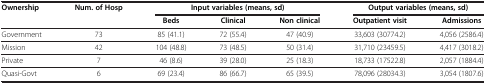
<table><thead><tr><td><b>Ownership</b></td><td><b>Num. of Hosp</b></td><td colspan="3"><b>Input variables (means, sd)</b></td><td colspan="2"><b>Output variables (means, sd)</b></td></tr><tr><td><b> </b></td><td><b> </b></td><td><b>Beds</b></td><td><b>Clinical</b></td><td><b>Non clinical</b></td><td><b>Outpatient visit</b></td><td><b>Admissions</b></td></tr></thead><tbody><tr><td>Government</td><td>73</td><td>85 (41.1)</td><td>72 (55.4)</td><td>47 (40.9)</td><td>33,603 (30774.2)</td><td>4,056 (2586.4)</td></tr><tr><td>Mission</td><td>42</td><td>104 (48.8)</td><td>73 (48.5)</td><td>50 (31.4)</td><td>31,710 (23459.5)</td><td>4,417 (3018.2)</td></tr><tr><td>Private</td><td>7</td><td>46 (8.6)</td><td>39 (28.0)</td><td>25 (18.3)</td><td>18,733 (17522.8)</td><td>2,057 (1884.4)</td></tr><tr><td>Quasi-Govt</td><td>6</td><td>69 (23.4)</td><td>86 (66.7)</td><td>65 (39.5)</td><td>78,096 (28034.3)</td><td>3,054 (1807.6)</td></tr></tbody></table>